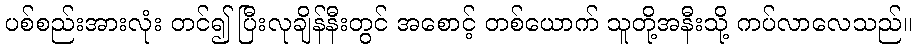
ပစ်စည်းအားလုံး တင်၍ ပြီးလုချိန်နီးတွင် အစောင့် တစ်ယောက် သူတို့အနီးသို့ ကပ်လာလေသည်။